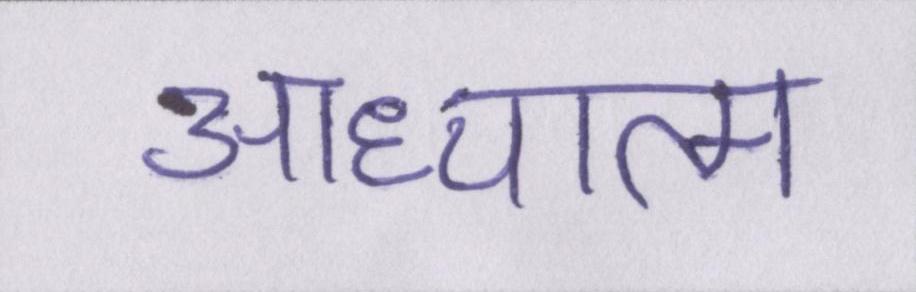
आध्यात्म